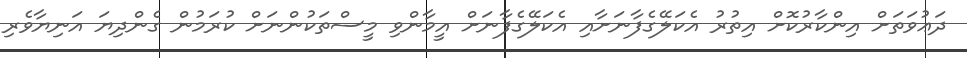
ދަޢުވަތަށް އިންކާރުކޮށް އިތުރު އެކަލޭގެފާނަށާއި އެކަލޭގެފާނަށް އީމާންވި މީސްތަކުންނަށް ކުރަމުން ގެންދިޔަ އަނިޔާވެރި